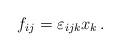
LaTeX: \begin{align*}f_{ij} = \varepsilon_{ijk}x_k \, .\end{align*}